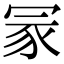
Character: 冡